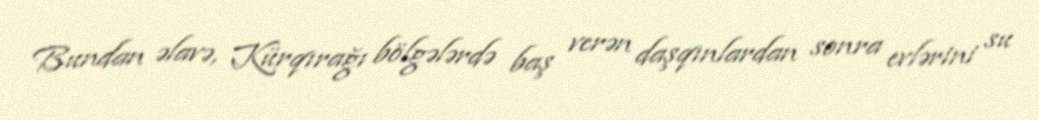
Bundan əlavə, Kürqırağı bölgələrdə baş verən daşqınlardan sonra evlərini su